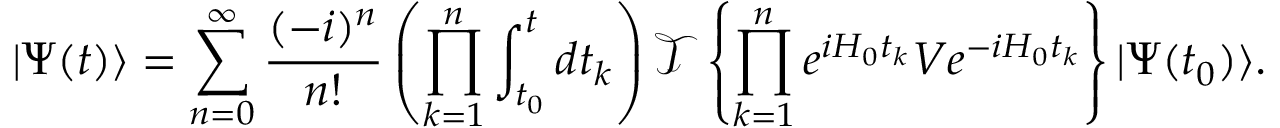
| \Psi ( t ) \rangle = \sum _ { n = 0 } ^ { \infty } { \frac { ( - i ) ^ { n } } { n ! } } \left( \prod _ { k = 1 } ^ { n } \int _ { t _ { 0 } } ^ { t } d t _ { k } \right) { \mathcal { T } } \left\{ \prod _ { k = 1 } ^ { n } e ^ { i H _ { 0 } t _ { k } } V e ^ { - i H _ { 0 } t _ { k } } \right\} | \Psi ( t _ { 0 } ) \rangle .